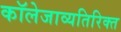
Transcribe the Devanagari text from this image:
कॉलेजाव्यतिरिक्त